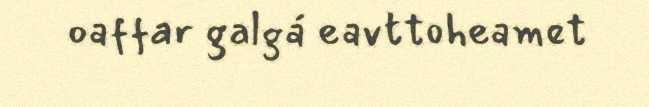
oaffar galgá eavttoheamet